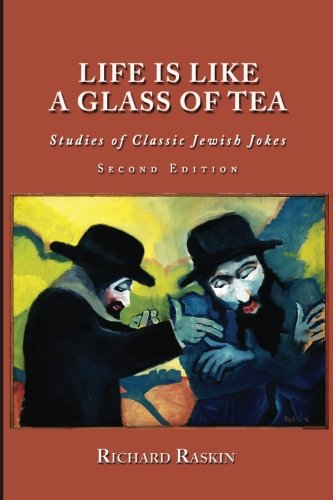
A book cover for Life is Like a Glass of Tea: Studies of Classic Jewish Jokes (Second Edition); Richard Raskin; Humor & Entertainment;